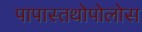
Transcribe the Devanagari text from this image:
पापास्तथोपोलोस